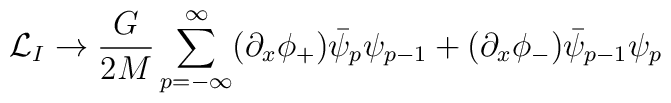
{\cal L}_{I}\rightarrow\frac{G}{2M}\sum_{p=-\infty}^{\infty} (\partial_{x}\phi_{+})\bar{\psi}_{p}\psi_{p-1}+(\partial_{x}\phi_{-})\bar{\psi}_{p-1}\psi_{p}